Civil Veterinary Department Bengal reports 1933-51 - 1933-1951
Year: 1933
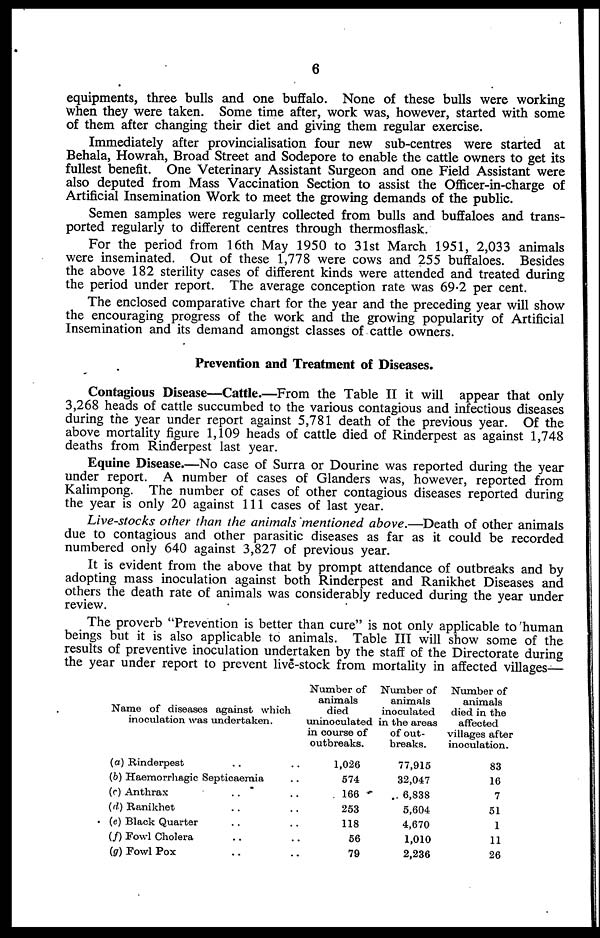
6
equipments, three bulls and one buffalo. None of these bulls were working
when they were taken. Some time after, work was, however, started with some
of them after changing their diet and giving them regular exercise.
Immediately after provincialisation four new sub-centres were started at
Behala, Howrah, Broad Street and Sodepore to enable the cattle owners to get its
fullest benefit. One Veterinary Assistant Surgeon and one Field Assistant were
also deputed from Mass Vaccination Section to assist the Officer-in-charge of
Artificial Insemination Work to meet the growing demands of the public.
Semen samples were regularly collected from bulls and buffaloes and trans-
ported regularly to different centres through thermosflask.
For the period from 16th May 1950 to 31st March 1951, 2,033 animals
were inseminated. Out of these 1,778 were cows and 255 buffaloes. Besides
the above 182 sterility cases of different kinds were attended and treated during
the period under report. The average conception rate was 69.2 per cent.
The enclosed comparative chart for the year and the preceding year will show
the encouraging progress of the work and the growing popularity of Artificial
Insemination and its demand amongst classes of cattle owners.
Prevention and Treatment of Diseases.
Contagious Disease—Cattle.—From the Table II it will appear that only
3,268 heads of cattle succumbed to the various contagious and infectious diseases
during the year under report against 5,781 death of the previous year. Of the
above mortality figure 1,109 heads of cattle died of Rinderpest as against 1,748
deaths from Rinderpest last year.
Equine Disease.—No case of Surra or Dourine was reported during the year
under report. A number of cases of Glanders was, however, reported from
Kalimpong. The number of cases of other contagious diseases reported during
the year is only 20 against 111 cases of last year.
Live-stocks other than the animals mentioned above.—Death of other animals
due to contagious and other parasitic diseases as far as it could be recorded
numbered only 640 against 3,827 of previous year.
It is evident from the above that by prompt attendance of outbreaks and by
adopting mass inoculation against both Rinderpest and Ranikhet Diseases and
others the death rate of animals was considerably reduced during the year under
review.
The proverb "Prevention is better than cure" is not only applicable to human
beings but it is also applicable to animals. Table III will show some of the
results of preventive inoculation undertaken by the staff of the Directorate during
the year under report to prevent live-stock from mortality in affected villages—
Name of diseases against which
inoculation was undertaken.
(a) Rinderpest .. ..
(b) Haemorrhagic Septicaemia ..
(c) Anthrax .. ..
(d) Ranikhet .. ..
(e) Black Quarter .. ..
(f) Fowl Cholera .. ..
(g) Fowl Pox .. ..
Number of
animals
died
uninoculated
in course of
outbreaks.
1,026
574
166
253
118
56
79
Number of
animals
inoculated
in the areas
of out-
breaks.
77,915
32,047
6,838
5,604
4,670
1,010
2,236
Number of
animals
died in the
affected
villages after
inoculation.
83
16
7
51
1
11
26